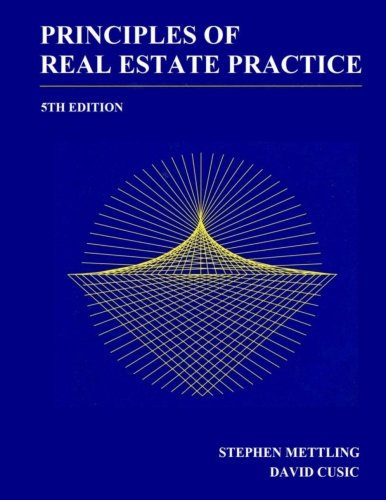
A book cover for Principles of Real Estate Practice; Stephen Mettling; Business & Money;